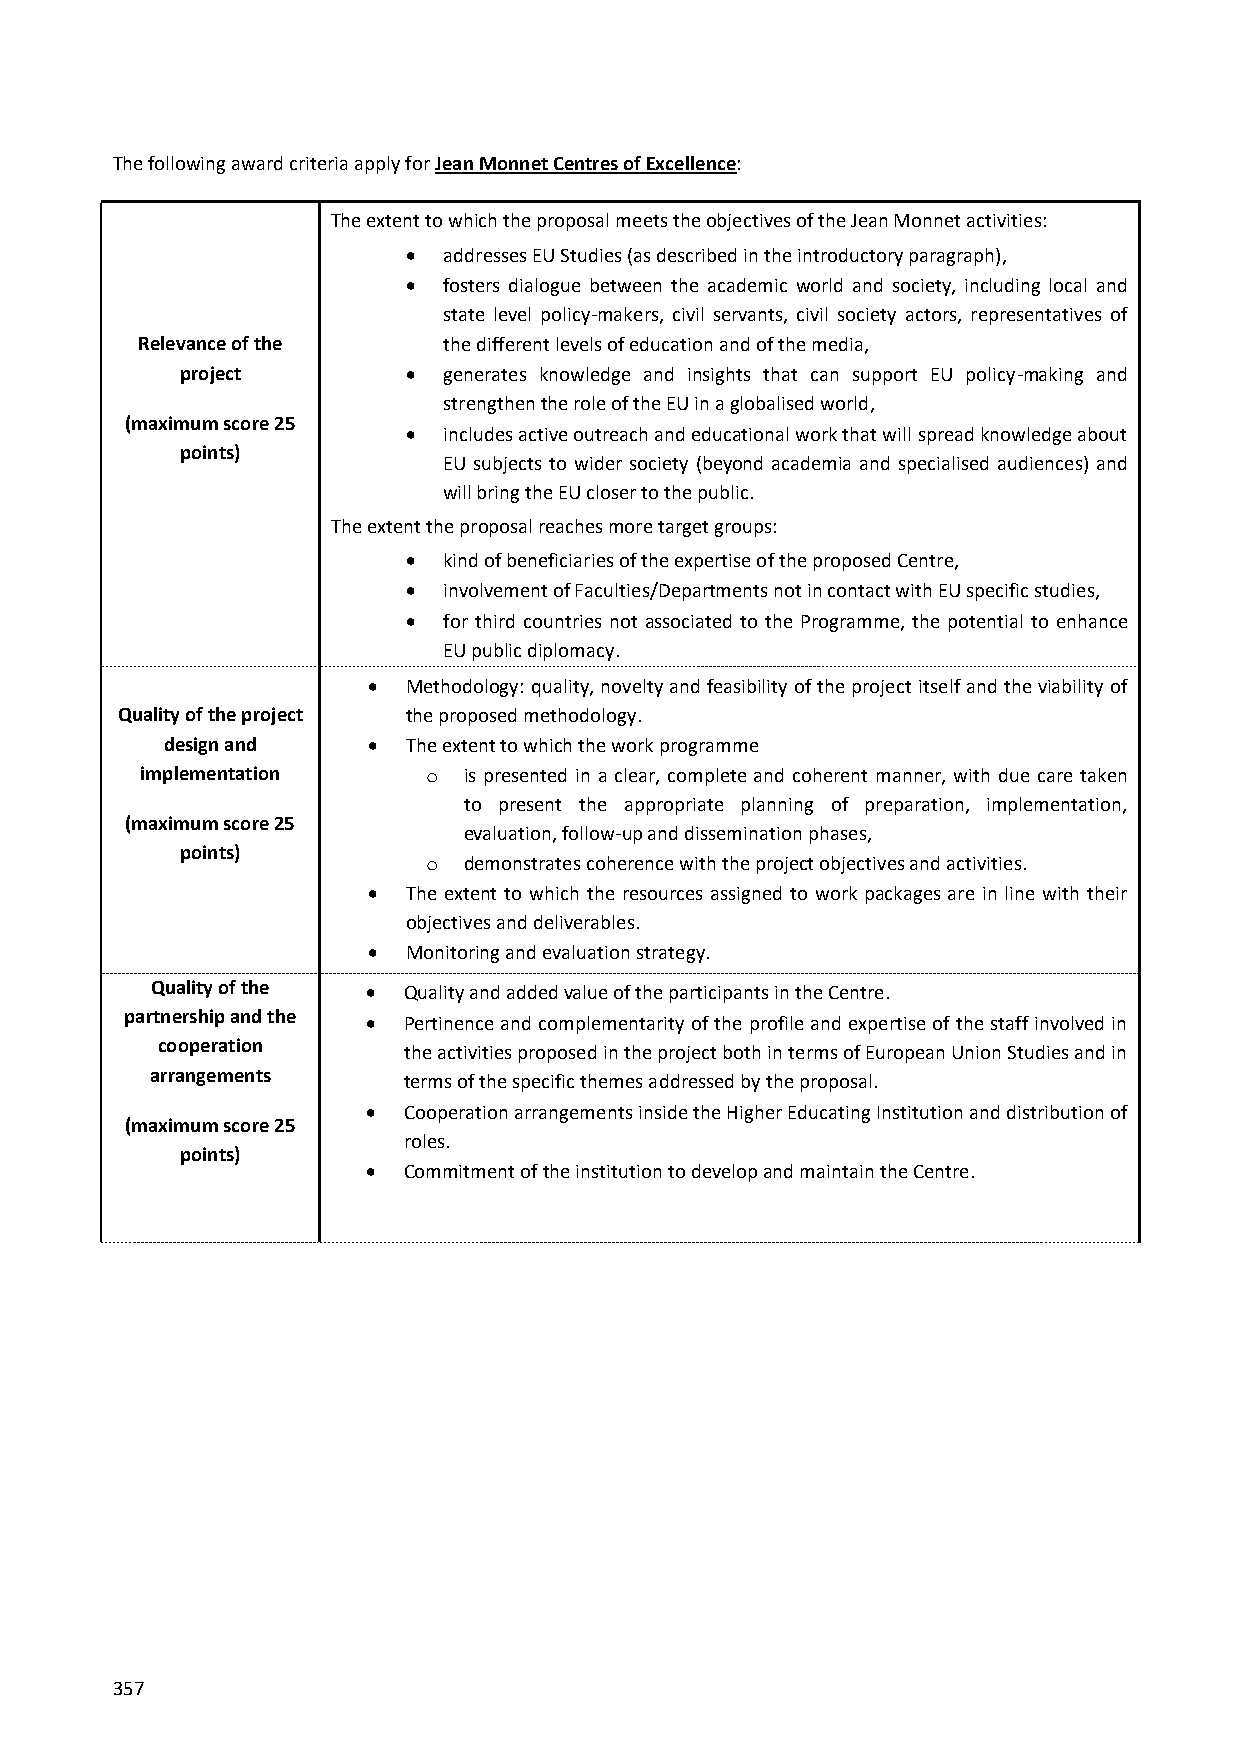
The following award criteria apply for Jean Monnet Centres of Excellence:
 The extent to which the proposal meets the objectives of the Jean Monnet activities:
  addresses EU Studies (as described in the introductory paragraph),
  fosters dialogue between the academic world and society, including local and
 state level policy-makers, civil servants, civil society actors, representatives of
 Relevance of the    the different levels of education and of the media,
 project         generates knowledge and insights that can support EU policy-making and
 strengthen the role of the EU in a globalised world,
 (maximum score 25
  includes active outreach and educational work that will spread knowledge about
 points)
 EU subjects to wider society (beyond academia and specialised audiences) and
 will bring the EU closer to the public.
 The extent the proposal reaches more target groups:
  kind of beneficiaries of the expertise of the proposed Centre,
  involvement of Faculties/Departments not in contact with EU specific studies,
  for third countries not associated to the Programme, the potential to enhance
 EU public diplomacy.
   Methodology: quality, novelty and feasibility of the project itself and the viability of
 Quality of the project the proposed methodology.
 design and     The extent to which the work programme
 implementation     o  is presented in a clear, complete and coherent manner, with due care taken
 to present the appropriate planning of preparation, implementation,
 (maximum score 25
 evaluation, follow-up and dissemination phases,
 points)
 o  demonstrates coherence with the project objectives and activities.
   The extent to which the resources assigned to work packages are in line with their
 objectives and deliverables.
   Monitoring and evaluation strategy.
 Quality of the  Quality and added value of the participants in the Centre.
 partnership and the  Pertinence and complementarity of the profile and expertise of the staff involved in
 cooperation
 the activities proposed in the project both in terms of European Union Studies and in
 arrangements
 terms of the specific themes addressed by the proposal.
   Cooperation arrangements inside the Higher Educating Institution and distribution of
 (maximum score 25
 roles.
 points)
   Commitment of the institution to develop and maintain the Centre.
 357